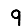
Digit: 9